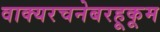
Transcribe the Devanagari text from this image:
वाक्यरचनेबरहूकूम